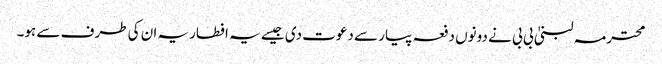
محترمہ لبنیٰ بی بی نے دونوں دفعہ پیار سے دعوت دی جیسے یہ افطاریہ ان کی طرف سے ہو۔